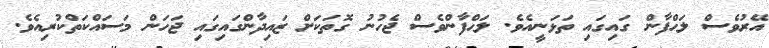
އޭރުވެސް ލަޙްފާން ގައިގައި ތަޅަނީއެވެ. ލަޙްފާންވެސް ޖެހުނު ގޮތަކަށް ޒައިދާންގައިގައި ޖަހަން މަސައްކަތްކުރިއެވެ.